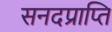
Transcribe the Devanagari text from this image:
सनदप्राप्ति